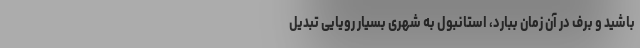
باشید و برف در آن زمان ببارد، استانبول به شهری بسیار رویایی تبدیل